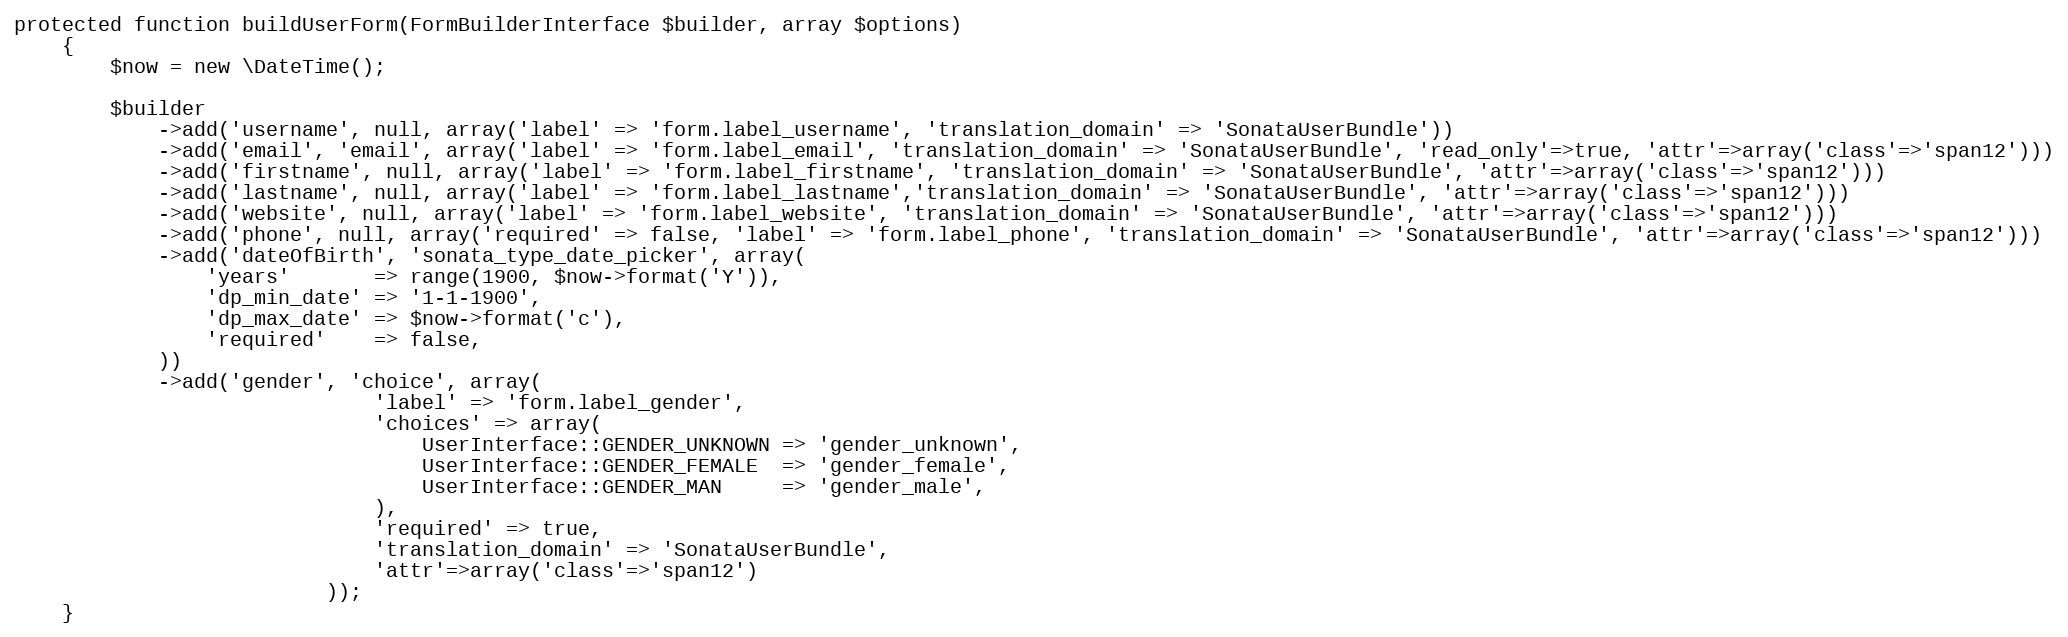
Language: PHP
protected function buildUserForm(FormBuilderInterface $builder, array $options)
    {
        $now = new \DateTime();

        $builder
            ->add('username', null, array('label' => 'form.label_username', 'translation_domain' => 'SonataUserBundle'))
            ->add('email', 'email', array('label' => 'form.label_email', 'translation_domain' => 'SonataUserBundle', 'read_only'=>true, 'attr'=>array('class'=>'span12')))
            ->add('firstname', null, array('label' => 'form.label_firstname', 'translation_domain' => 'SonataUserBundle', 'attr'=>array('class'=>'span12')))
            ->add('lastname', null, array('label' => 'form.label_lastname','translation_domain' => 'SonataUserBundle', 'attr'=>array('class'=>'span12')))
            ->add('website', null, array('label' => 'form.label_website', 'translation_domain' => 'SonataUserBundle', 'attr'=>array('class'=>'span12')))
            ->add('phone', null, array('required' => false, 'label' => 'form.label_phone', 'translation_domain' => 'SonataUserBundle', 'attr'=>array('class'=>'span12')))
            ->add('dateOfBirth', 'sonata_type_date_picker', array(
                'years'       => range(1900, $now->format('Y')),
                'dp_min_date' => '1-1-1900',
                'dp_max_date' => $now->format('c'),
                'required'    => false,
            ))
            ->add('gender', 'choice', array(
                              'label' => 'form.label_gender',
                              'choices' => array(
                                  UserInterface::GENDER_UNKNOWN => 'gender_unknown',
                                  UserInterface::GENDER_FEMALE  => 'gender_female',
                                  UserInterface::GENDER_MAN     => 'gender_male',
                              ),
                              'required' => true,
                              'translation_domain' => 'SonataUserBundle',
                              'attr'=>array('class'=>'span12')
                          ));
    }